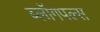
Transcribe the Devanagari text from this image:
ब्लॉगपल्स